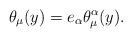
LaTeX: \begin{align*}\theta_\mu(y) = e_\alpha \theta^\alpha_\mu(y). \end{align*}